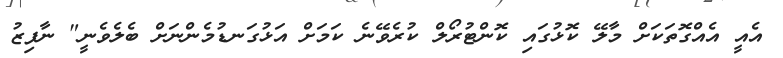
އެއީ އެއްގޮތަކަށް މާލޭ ކޮޅުގައި ކޮންޓުރޯލް ކުރެވޭނެ ކަމަށް އަޅުގަނޑުމެންނަށް ބެލެވެނީ" ނާފިޒު